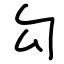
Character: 勾